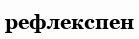
рефлекспен